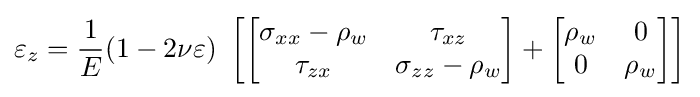
\varepsilon _{z}={\frac {1}{E}}(1-2\nu \varepsilon )\ \left[\left[{\begin{matrix}\sigma _{xx}-\rho _{w}&\tau _{xz}\\\tau _{zx}&\sigma _{zz}-\rho _{w}\\\end{matrix}}\right]+\left[{\begin{matrix}\rho _{w}&0\\0&\rho _{w}\\\end{matrix}}\right]\right]